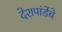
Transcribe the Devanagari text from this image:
देशपांडेंचे